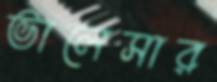
ভালেসার